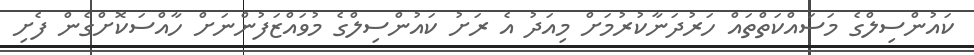
ކައުންސިލްގެ މަސައްކަތްތައް ހަރުދަނާކުރުމަށް މިއަދު އެ ރަށު ކައުންސިލްގެ މުވައްޒަފުންނަށް ހާއްސަކޮށްގެން ފެށި